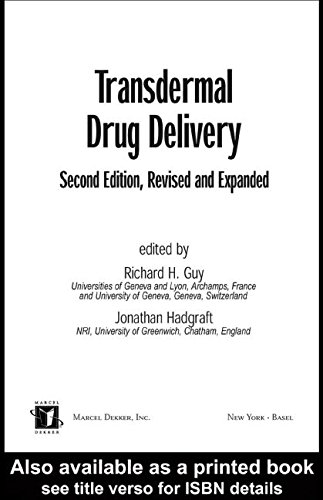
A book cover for Transdermal Drug Delivery Systems: Revised and Expanded (Drugs and the Pharmaceutical Sciences); Medical Books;